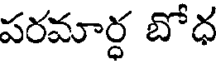
పరమార్ధ బోధ